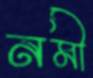
নমী